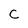
Character: C